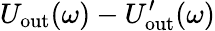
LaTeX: U_{\mathrm{out}}(\omega)-U_{\mathrm{out}}^{\prime}(\omega)